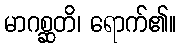
မာဂစ္ဆတိ၊ ရောက်၏။